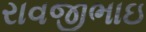
રાવજીભાઇ